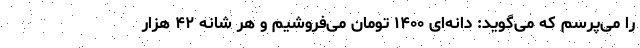
را می‌پرسم که می‌گوید: دانه‌ای ۱۴۰۰ تومان می‌فروشیم و هر شانه ۴۲ هزار